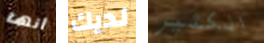
أنها لديك الكثير